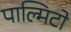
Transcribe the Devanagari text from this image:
पाल्मिटो